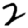
Digit: 2